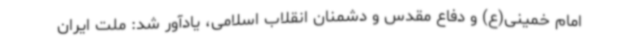
امام خمینی(ع) و دفاع مقدس و دشمنان انقلاب اسلامی، یادآور شد: ملت ایران